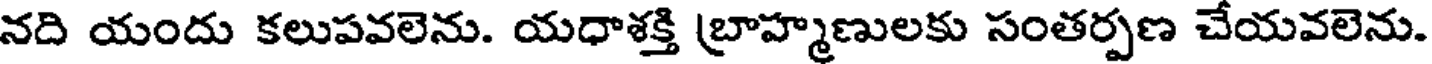
నది యందు కలుపవలెను. యధాశక్తి బ్రాహ్మణులకు సంతర్పణ చేయవలెను.